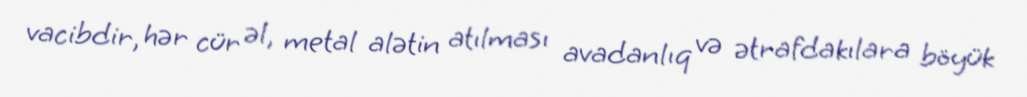
vacibdir, hər cür əl, metal alətin atılması avadanlıq və ətrafdakılara böyük